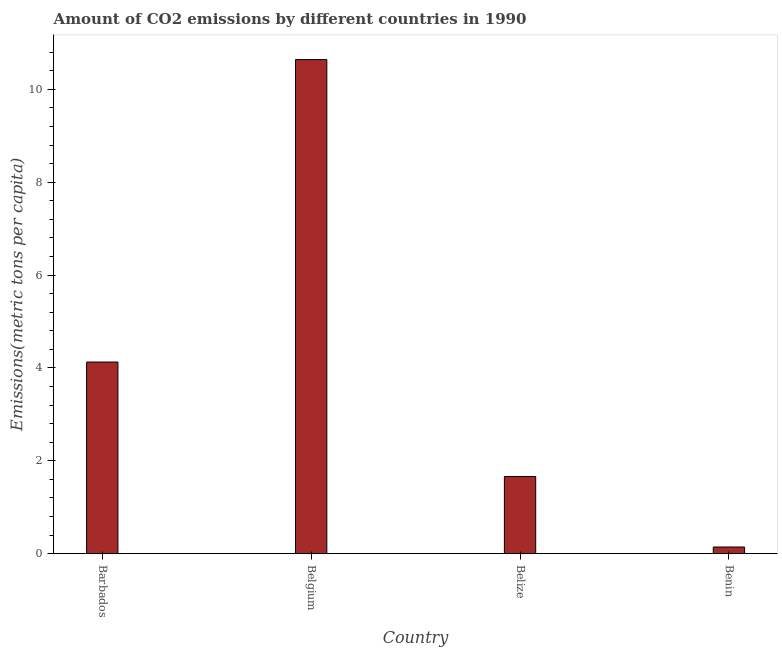
| Country | CO2 emissions |
 | --- | --- |
 | Barbados | 4.13 |
 | Belgium | 10.6 |
 | Belize | 1.66 |
 | Benin | 0.143 |